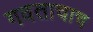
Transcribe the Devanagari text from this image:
गवताचाच